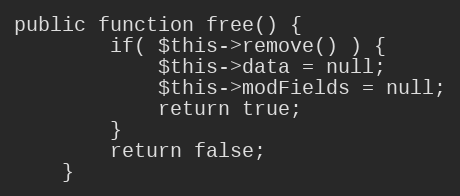
Language: PHP
public function free() {
		if( $this->remove() ) {
			$this->data = null;
			$this->modFields = null;
			return true;
		}
		return false;
	}